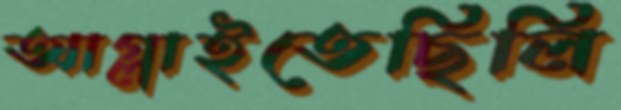
আগ্‌লাইতেছিলি